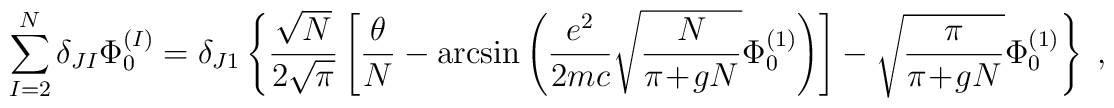
\sum_{I=2}^N \delta_{JI} \Phi^{(I)}_0 =\delta_{J1} \left\{\frac{\sqrt{N}}{2\sqrt{\pi}}\left[\frac{\theta}{N} - \arcsin\left(\frac{e^2}{2mc} \sqrt{\frac{N}{\pi\!+\!gN}}\Phi^{(1)}_0 \right) \right] - \sqrt{\frac{\pi}{\pi\!+\!gN}} \Phi^{(1)}_0\right\} \; ,